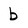
Character: b